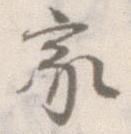
家